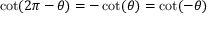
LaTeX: \cot ( 2 \pi - \theta ) = - \cot ( \theta ) = \cot ( - \theta )